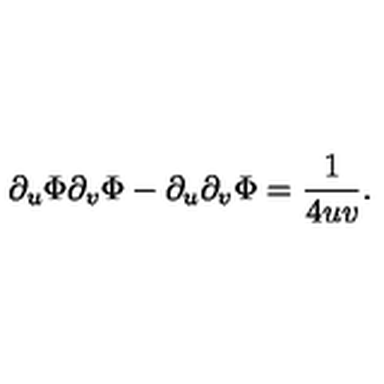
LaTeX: \partial _ { u } \Phi \partial _ { v } \Phi - \partial _ { u } \partial _ { v } \Phi = \frac { 1 } { 4 u v } .